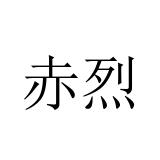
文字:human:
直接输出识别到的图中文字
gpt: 赤烈